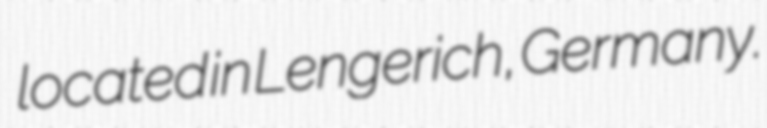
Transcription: located in Lengerich, Germany.